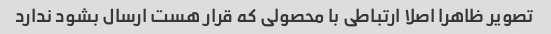
تصویر ظاهرا اصلا ارتباطی با محصولی که قرار هست ارسال بشود ندارد